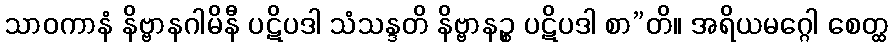
သာဝကာနံ နိဗ္ဗာနဂါမိနီ ပဋိပဒါ သံသန္ဒတိ နိဗ္ဗာနဉ္စ ပဋိပဒါ စာ”တိ။ အရိယမဂ္ဂေါ စေတ္ထ